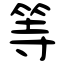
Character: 等